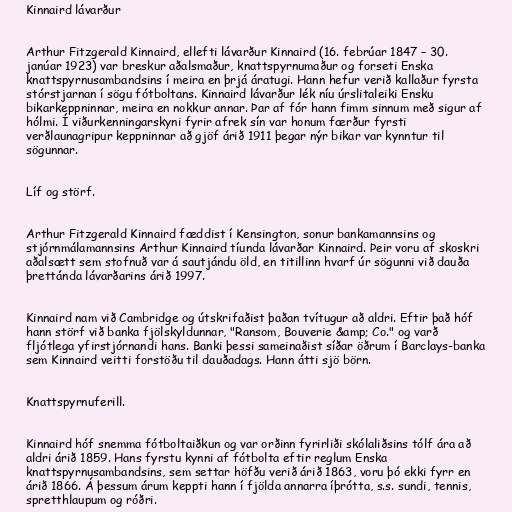
Kinnaird lávarður

Arthur Fitzgerald Kinnaird, ellefti lávarður Kinnaird (16. febrúar 1847 – 30.
janúar 1923) var breskur aðalsmaður, knattspyrnumaður og forseti Enska
knattspyrnusambandsins í meira en þrjá áratugi. Hann hefur verið kallaður fyrsta
stórstjarnan í sögu fótboltans. Kinnaird lávarður lék níu úrslitaleiki Ensku
bikarkeppninnar, meira en nokkur annar. Þar af fór hann fimm sinnum með sigur af
hólmi. Í viðurkenningarskyni fyrir afrek sín var honum færður fyrsti
verðlaunagripur keppninnar að gjöf árið 1911 þegar nýr bikar var kynntur til
sögunnar.

Líf og störf.

Arthur Fitzgerald Kinnaird fæddist í Kensington, sonur bankamannsins og
stjórnmálamannsins Arthur Kinnaird tíunda lávarðar Kinnaird. Þeir voru af skoskri
aðalsætt sem stofnuð var á sautjándu öld, en titillinn hvarf úr sögunni við dauða
þrettánda lávarðarins árið 1997.

Kinnaird nam við Cambridge og útskrifaðist þaðan tvítugur að aldri. Eftir það hóf
hann störf við banka fjölskyldunnar, "Ransom, Bouverie &amp; Co." og varð
fljótlega yfirstjórnandi hans. Banki þessi sameinaðist síðar öðrum í Barclays-banka
sem Kinnaird veitti forstöðu til dauðadags. Hann átti sjö börn.

Knattspyrnuferill.

Kinnaird hóf snemma fótboltaiðkun og var orðinn fyrirliði skólaliðsins tólf ára að
aldri árið 1859. Hans fyrstu kynni af fótbolta eftir reglum Enska
knattspyrnusambandsins, sem settar höfðu verið árið 1863, voru þó ekki fyrr en
árið 1866. Á þessum árum keppti hann í fjölda annarra íþrótta, s.s. sundi, tennis,
spretthlaupum og róðri.